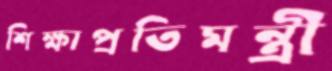
শিক্ষাপ্রতিমন্ত্রী